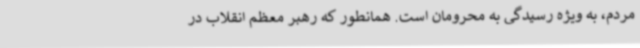
مردم، به ویژه رسیدگی به محرومان است. همانطور که رهبر معظم انقلاب در